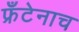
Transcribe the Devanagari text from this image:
फ्रँटेनाच